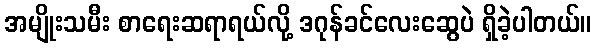
အမျိုးသမီး စာရေးဆရာရယ်လို့ ဒဂုန်ခင်လေးဆွေပဲ ရှိခဲ့ပါတယ်။